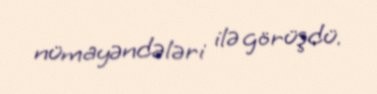
nümayəndələri ilə görüşdü.